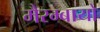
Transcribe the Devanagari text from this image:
मैरम्बायो